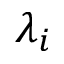
\lambda _ { i }